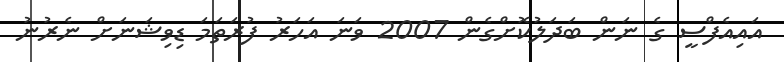
އައިއެފްސީ ގެ ނަން ބަދަލުކޮށްގެން 2007 ވަނަ އަހަރު ފުރަތަމަ ޑިވިޝަނަށް ނެރުނު